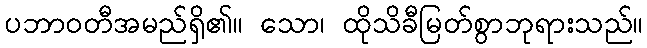
ပဘာဝတီအမည်ရှိ၏။ သော၊ ထိုသိခီမြတ်စွာဘုရားသည်။